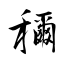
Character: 穪